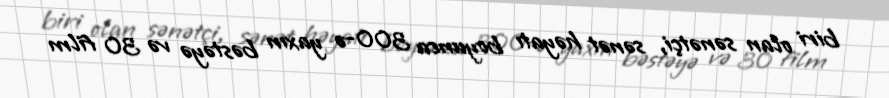
biri olan sənətçi, sənət həyatı boyunca 300-ə yaxın bəstəyə və 30 film